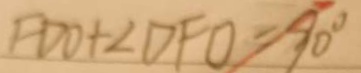
F D O + \angle D F O = 9 0 ^ { \circ }